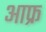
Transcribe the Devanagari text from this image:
आफ्र